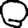
Digit: 0